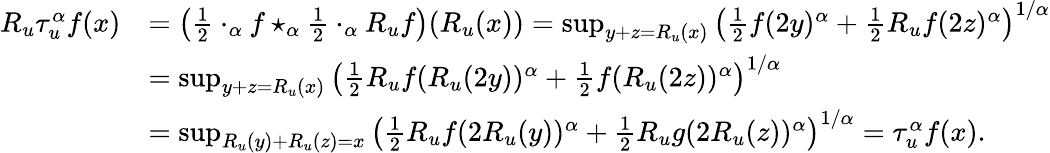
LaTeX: \begin{array}{rl}{R_{u}\tau_{u}^{\alpha}f(x)}&{=\left(\frac{1}{2}\cdot_{\alpha}f\star_{\alpha}\frac{1}{2}\cdot_{\alpha}R_{u}f\right)(R_{u}(x))=\operatorname*{sup}_{y+z=R_{u}(x)}\left(\frac{1}{2}f(2y)^{\alpha}+\frac{1}{2}R_{u}f(2z)^{\alpha}\right)^{1/\alpha}}\\ &{=\operatorname*{sup}_{y+z=R_{u}(x)}\left(\frac{1}{2}R_{u}f(R_{u}(2y))^{\alpha}+\frac{1}{2}f(R_{u}(2z))^{\alpha}\right)^{1/\alpha}}\\ &{=\operatorname*{sup}_{R_{u}(y)+R_{u}(z)=x}\left(\frac{1}{2}R_{u}f(2R_{u}(y))^{\alpha}+\frac{1}{2}R_{u}g(2R_{u}(z))^{\alpha}\right)^{1/\alpha}=\tau_{u}^{\alpha}f(x).}\end{array}